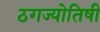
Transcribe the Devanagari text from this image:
ठगज्योतिषी